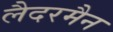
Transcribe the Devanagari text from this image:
लैदरमैन